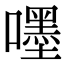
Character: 嚜